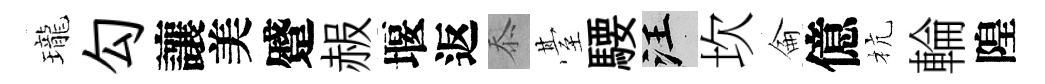
瓏勾讓美蹙赧堰返忝䑓騕汪坎侖億杭輪隍